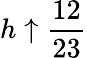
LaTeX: h\uparrow\frac{12}{23}